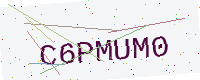
Text: C6PMUM0